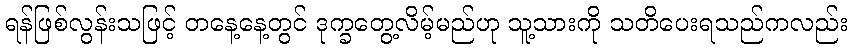
ရန်ဖြစ်လွန်းသဖြင့် တနေ့နေ့တွင် ဒုက္ခတွေ့လိမ့်မည်ဟု သူ့သားကို သတိပေးရသည်ကလည်း